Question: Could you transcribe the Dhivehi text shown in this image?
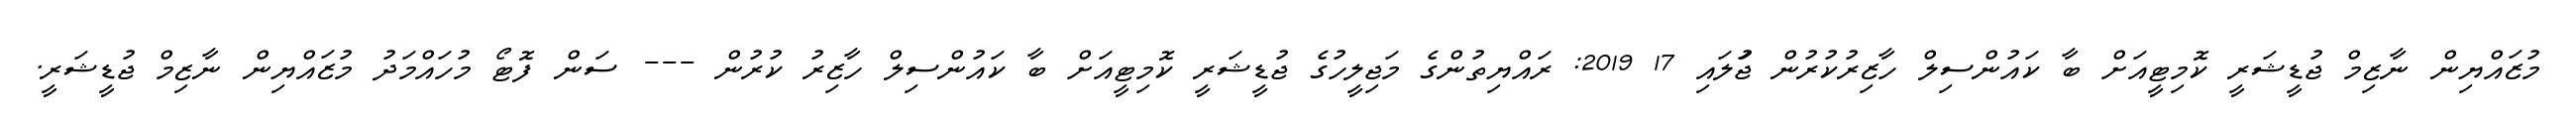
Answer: މުޒައްޔިން ނާޒިމް ޖުޑީޝަރީ ކޮމިޓީއަށް ބާ ކައުންސިލް ހާޒިރުކުރުން ޖުަލައި 17 2019: ރައްޔިތުންގެ މަޖިލީހުގެ ޖުޑީޝަރީ ކޮމިޓީއަށް ބާ ކައުންސިލް ހާޒިރު ކުރުން --- ސަން ފޮޓޯ މުހައްމަދު މުޒައްޔިން ނާޒިމް ޖުޑީޝަރީ.